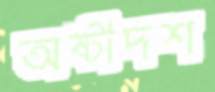
অষ্টাদশ